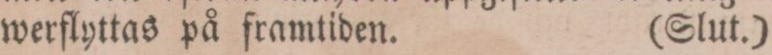
werflyttas på framtiden.    (Slut.)